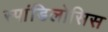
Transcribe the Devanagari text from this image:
स्पांडिलोसिस